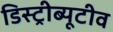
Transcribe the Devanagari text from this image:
डिस्ट्रीब्यूटीव